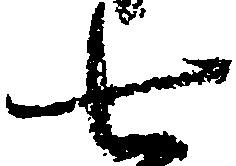
七